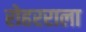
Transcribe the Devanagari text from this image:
रोहरराला